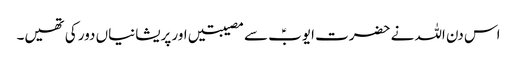
اس دن اللہ نے حضرت ایوبؑ سے مصیبتیں اور پریشانیاں دور کی تھیں۔